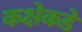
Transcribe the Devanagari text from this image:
कक्षेकडे